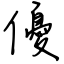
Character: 優